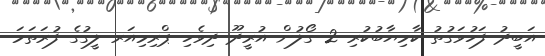
އަބީދު ފަހުވަގުތު ކާމިޔާބުކުރި 2 ގޯލުން އުރީދޫ ދިވެހި ޕްރިމިއަރ ލީގުގެ ފުރަތަމަ